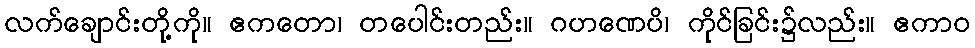
လက်ချောင်းတို့ကို။ ဧကတော၊ တပေါင်းတည်း။ ဂဟဏေပိ၊ ကိုင်ခြင်း၌လည်း။ ဧကာဝ